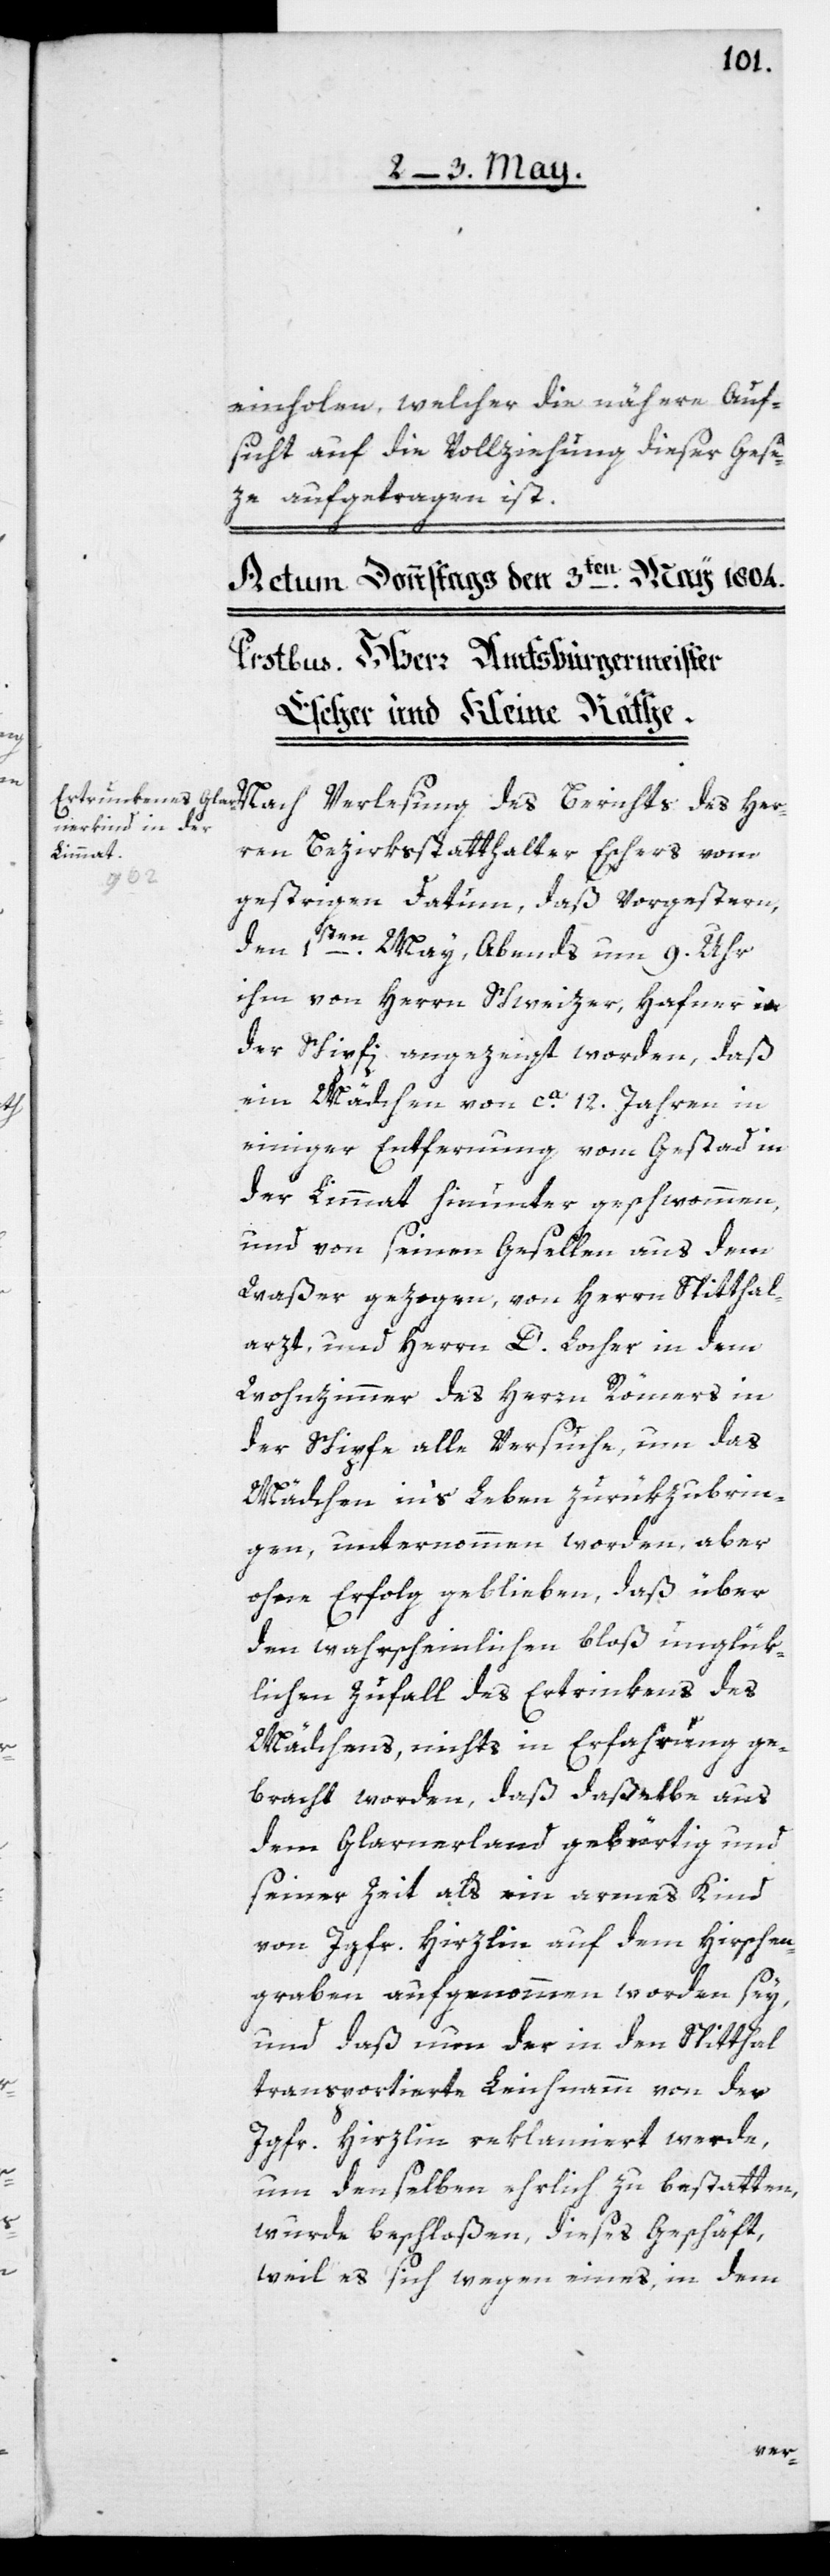
einholen, welcher die nähere Auf¬
sicht auf die Vollziehung dieser Gese¬
Verlesung des Berichts
ren Bezirksstatthalter Eschers vom
gestrigen Datum, daß Vorgestern
den 1sten May, Abends um 9. Uhr
ihm von Herrn Schweizer, Hafner in
der Schipfi angezeigt worden, daß
ein Mädchen von ca. 12 Jahren in
einiger Entfernung vom Gestad in
der Limmat hinunter geschwommen,
und von seinen Gesellen aus dem
Waßer gezogen, von Herrn Spitthal¬
arzt, und Herrn D. Locher in dem
Wohnzimmer des Herrn Römers in
der Schipfe alle Versuche, um das
Mädchen in’s Leben zurükzubrin¬
gen, unternommen worden, aber
ohne Erfolg geblieben, daß über
den wahrscheinlichen bloß unglük¬
lichen Zufall des Ertrinkens des
Mädchens, nichts in Erfahrung ge¬
bracht worden, daß daßelbe aus
dem Glarnerland gebürtig und
seiner Zeit als ein armes Kind
von Jgfr. Hirzlin auf dem Hirschen¬
graben aufgenommen worden sey,
und daß nun der in den Spitthal
transportierte Leichnamm von der
Jgfr. Hirzlin reklamiert werde,
um denselben ehrlich zu bestatten,
wurde beschloßen, dieses Geschäft,
weil es sich wegen eines, in dem
Her¬